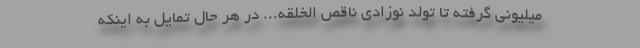
میلیونی گرفته تا تولد نوزادی ناقص الخلقه... در هر حال تمایل به اینکه